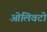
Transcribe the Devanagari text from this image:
ओलिवटो